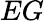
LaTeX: EG